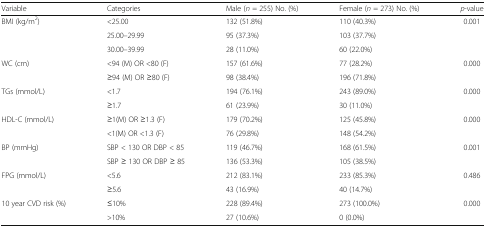
<table><thead><tr><td><b>Variable</b></td><td><b>Categories</b></td><td><b>Male (<i>n</i> = 255) No. (%)</b></td><td><b>Female (<i>n</i> = 273) No. (%)</b></td><td><b><i>p</i>-value</b></td></tr></thead><tbody><tr><td rowspan="3">BMI (kg/m<sup>2</sup>)</td><td>&lt;25.00</td><td>132 (51.8%)</td><td>110 (40.3%)</td><td>0.001</td></tr><tr><td>25.00–29.99</td><td>95 (37.3%)</td><td>103 (37.7%)</td><td></td></tr><tr><td>30.00–39.99</td><td>28 (11.0%)</td><td>60 (22.0%)</td><td></td></tr><tr><td rowspan="2">WC (cm)</td><td>&lt;94 (M) OR &lt;80 (F)</td><td>157 (61.6%)</td><td>77 (28.2%)</td><td>0.000</td></tr><tr><td>≥94 (M) OR ≥80 (F)</td><td>98 (38.4%)</td><td>196 (71.8%)</td><td></td></tr><tr><td rowspan="2">TGs (mmol/L)</td><td>&lt;1.7</td><td>194 (76.1%)</td><td>243 (89.0%)</td><td>0.000</td></tr><tr><td>≥1.7</td><td>61 (23.9%)</td><td>30 (11.0%)</td><td></td></tr><tr><td rowspan="2">HDL-C (mmol/L)</td><td>≥1(M) OR ≥1.3 (F)</td><td>179 (70.2%)</td><td>125 (45.8%)</td><td>0.000</td></tr><tr><td>&lt;1(M) OR &lt;1.3 (F)</td><td>76 (29.8%)</td><td>148 (54.2%)</td><td></td></tr><tr><td rowspan="2">BP (mmHg)</td><td>SBP &lt; 130 OR DBP &lt; 85</td><td>119 (46.7%)</td><td>168 (61.5%)</td><td>0.001</td></tr><tr><td>SBP ≥ 130 OR DBP ≥ 85</td><td>136 (53.3%)</td><td>105 (38.5%)</td><td></td></tr><tr><td rowspan="2">FPG (mmol/L)</td><td>&lt;5.6</td><td>212 (83.1%)</td><td>233 (85.3%)</td><td>0.486</td></tr><tr><td>≥5.6</td><td>43 (16.9%)</td><td>40 (14.7%)</td><td></td></tr><tr><td rowspan="2">10 year CVD risk (%)</td><td>≤10%</td><td>228 (89.4%)</td><td>273 (100.0%)</td><td>0.000</td></tr><tr><td>&gt;10%</td><td>27 (10.6%)</td><td>0 (0.0%)</td><td></td></tr></tbody></table>